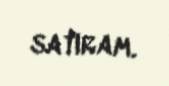
satıram.